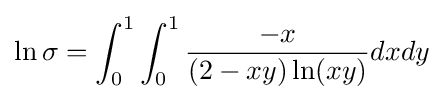
\ln \sigma =\int _{0}^{1}\int _{0}^{1}{\frac {-x}{(2-xy)\ln(xy)}}dxdy